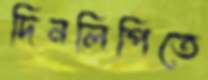
দিনলিপিতে